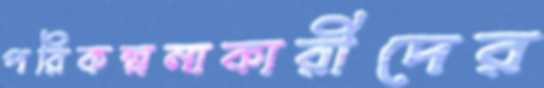
পরিকল্পনাকারীদের